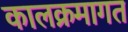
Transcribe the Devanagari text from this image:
कालक्रमागत